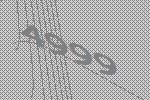
4999